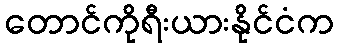
တောင်ကိုရီးယားနိုင်ငံက